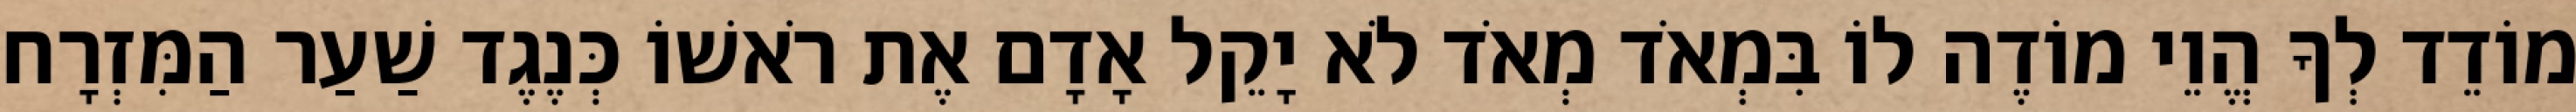
מוֹדֵד לְךָ הֱוֵי מוֹדֶה לוֹ בִּמְאֹד מְאֹד לֹא יָקֵל אָדָם אֶת רֹאשׁוֹ כְּנֶגֶד שַׁעַר הַמִּזְרָח